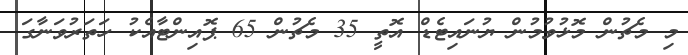
މި މެޗުން މޮޅުވުމުން ޔުނައިޓެޑް އޮތީ 35 މެޗުން 65 ޕޮއިންޓާއެކު ހަތަރުވަނާގަ